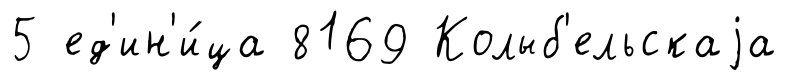
5 ед'ин'и́ца 8169 Колыб'ельскаjа